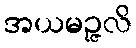
အယမဉ္ဇလိ